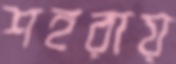
শহরায়